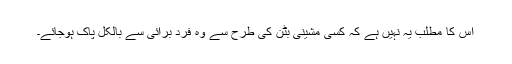
اس کا مطلب یہ نہیں ہے کہ کسی مشینی بٹن کی طرح سے وہ فرد برائی سے بالکل پاک ہوجائے۔